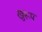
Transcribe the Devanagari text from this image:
खुरूप